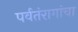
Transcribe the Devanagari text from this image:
पर्वतंरागांचा